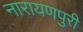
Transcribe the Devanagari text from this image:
नारायणपुरी